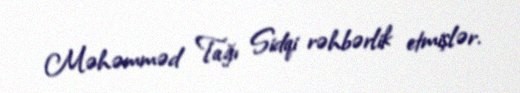
Məhəmməd Tağı Sidqi rəhbərlik etmişlər.